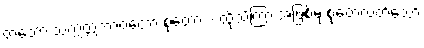
တတော သက္ကတ္တဘာဝတော စုတော - ထိုသိကြားအဖြစ်မှ စုတေလတ်သော်